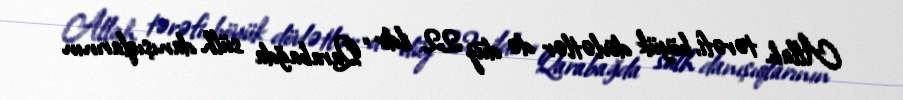
Allah tərəfi, böyük dövlətlər də düz 22 ildir “Qarabağda sülh danışıqlarının